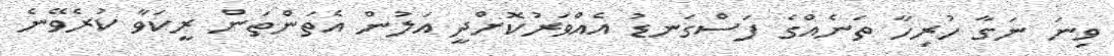
ވިނަ ނަގާ ހުރިހާ ތަނެއްގެ ފަސްގަނޑު އެއްވަރުކޮށްދީ އަލުން އެތަންތަން ރީކަވާ ކުރެވޭނެ